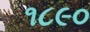
૧૮૯૦